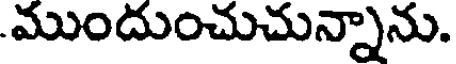
ముందుంచుచున్నాను.